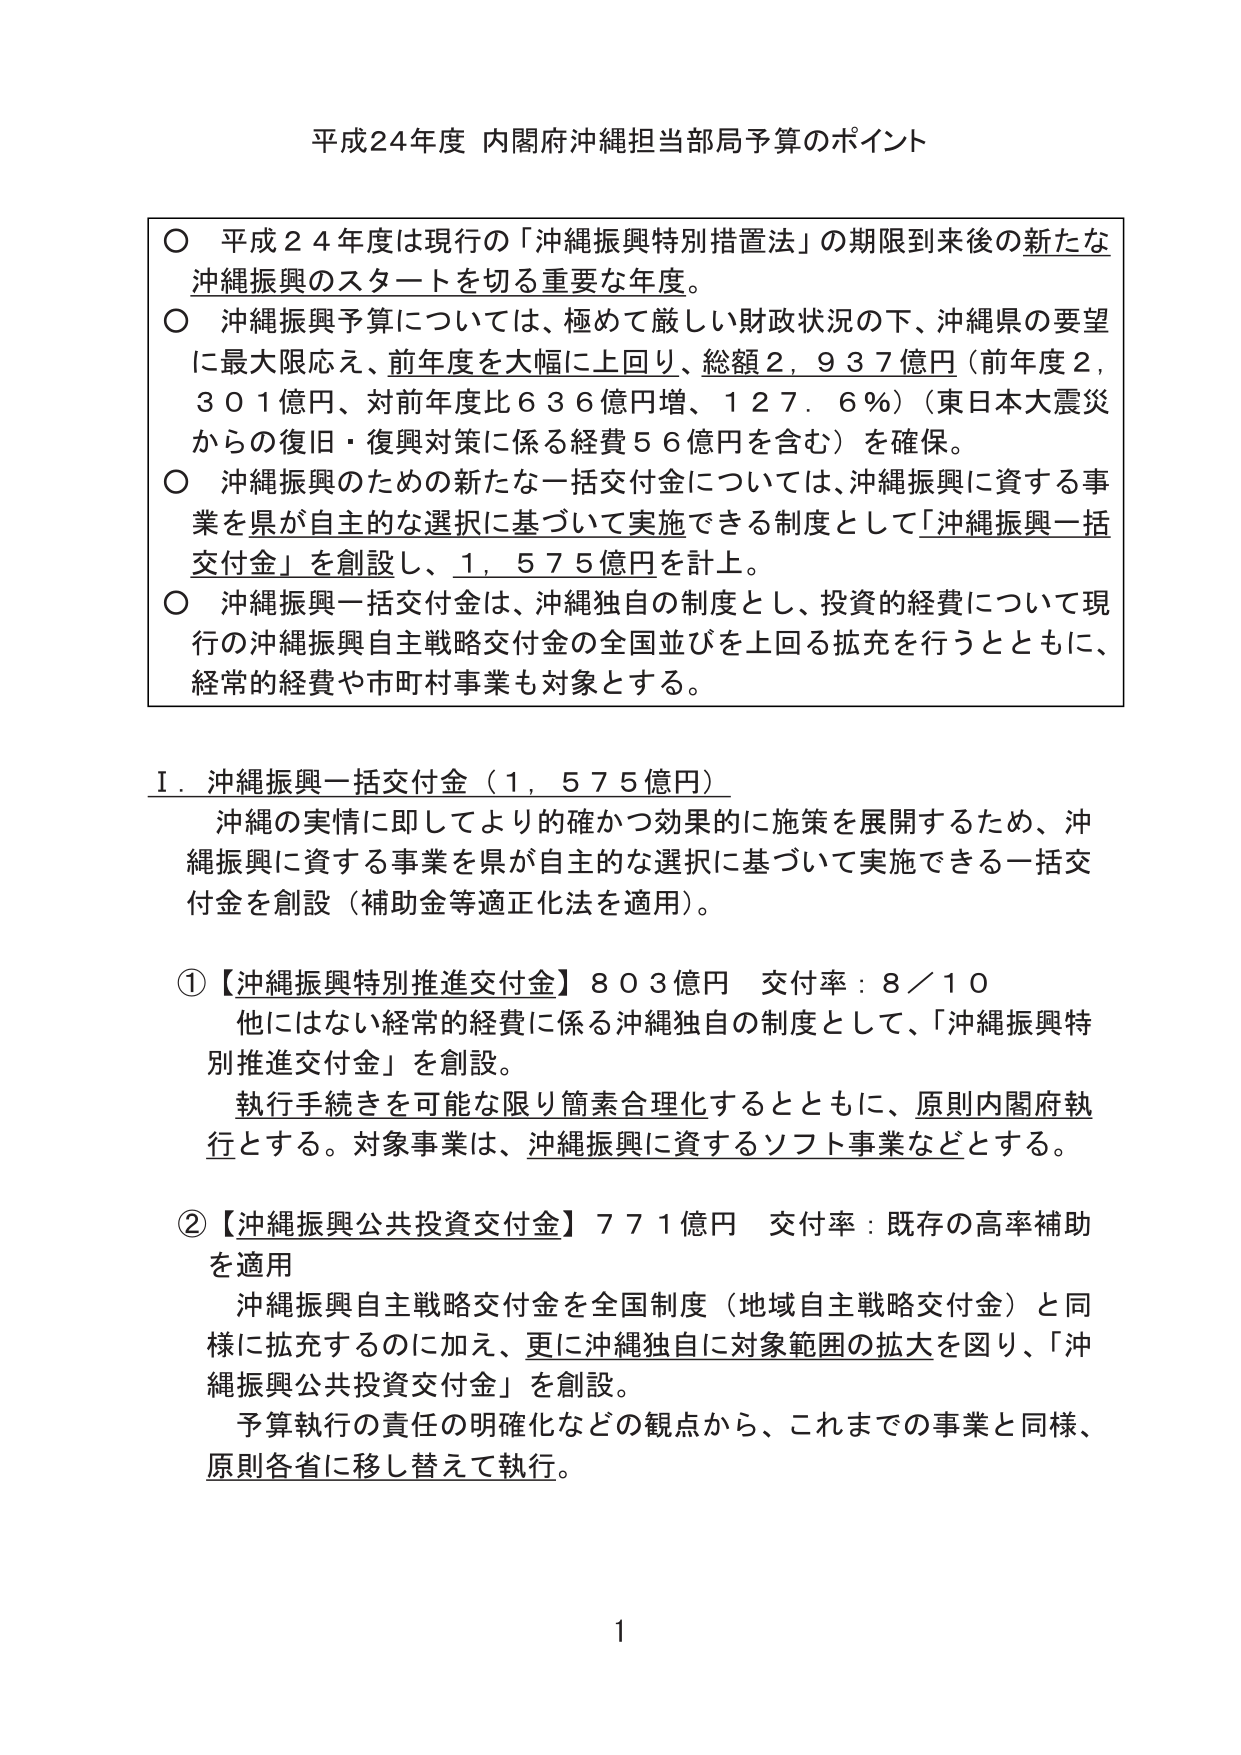
平成24年度 内閣府沖縄担当部局予算のポイント

○ 平成２４年度は現行の「沖縄振興特別措置法」の期限到来後の新たな沖縄振興のスタートを切る重要な年度。
○ 沖縄振興予算については、極めて厳しい財政状況の下、沖縄県の要望に最大限応え、前年度を大幅に上回り、総額２，９３７億円（前年度２，３０１億円、対前年度比６３６億円増、１２７．６％）（東日本大震災からの復旧・復興対策に係る経費５６億円を含む）を確保。
○ 沖縄振興のための新たな一括交付金については、沖縄振興に資する事業を県が自主的な選択に基づいて実施できる制度として「沖縄振興一括交付金」を創設し、１，５７５億円を計上。
○ 沖縄振興一括交付金は、沖縄独自の制度とし、投資的経費について現行の沖縄振興自主戦略交付金の全国並びを上回る拡充を行うとともに、経常的経費や市町村事業も対象とする。

Ⅰ．沖縄振興一括交付金（１，５７５億円）
沖縄の実情に即してより的確かつ効果的に施策を展開するため、沖縄振興に資する事業を県が自主的な選択に基づいて実施できる一括交付金を創設（補助金等適正化法を適用）。

①【沖縄振興特別推進交付金】８０３億円 交付率：８／１０
他にはない経常的経費に係る沖縄独自の制度として、「沖縄振興特別推進交付金」を創設。
執行手続きを可能な限り簡素合理化するとともに、原則内閣府執行とする。対象事業は、沖縄振興に資するソフト事業などとする。

②【沖縄振興公共投資交付金】７７１億円 交付率：既存の高率補助を適用
沖縄振興自主戦略交付金を全国制度（地域自主戦略交付金）と同様に拡充するのに加え、更に沖縄独自に対象範囲の拡大を図り、「沖縄振興公共投資交付金」を創設。
予算執行の責任の明確化などの観点から、これまでの事業と同様、原則各省に移し替えて執行。

1